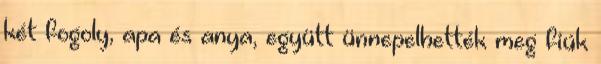
két fogoly, apa és anya, együtt ünnepelhették meg fiúk